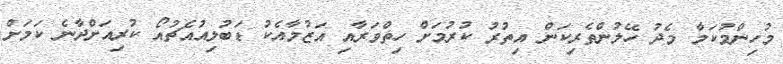
މުހިންމުކަމާ މެދު ހޭލުންތެރިކަން އިތުރު ކުރުމަށް ހިތްވަރާއި އަޒުމާއެކު ޑަބުލިއުއެޗުއޯ ކުރިއަށްދާނެ ކަމަށް